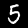
Digit: 5